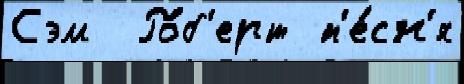
Сэм  Ро́б'ерт п'е́сн'я